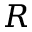
R